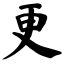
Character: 更